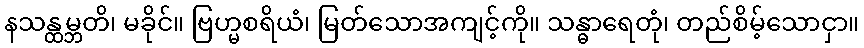
နသန္ထမ္ဘတိ၊ မခိုင်။ ဗြဟ္မစရိယံ၊ မြတ်သောအကျင့်ကို။ သန္ဓာရေတုံ၊ တည်စိမ့်သောငှာ။